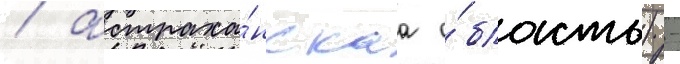
/ астраха́нскаа о́бласть) -